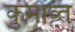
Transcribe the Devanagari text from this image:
कुमाव्त